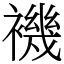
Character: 𧝞